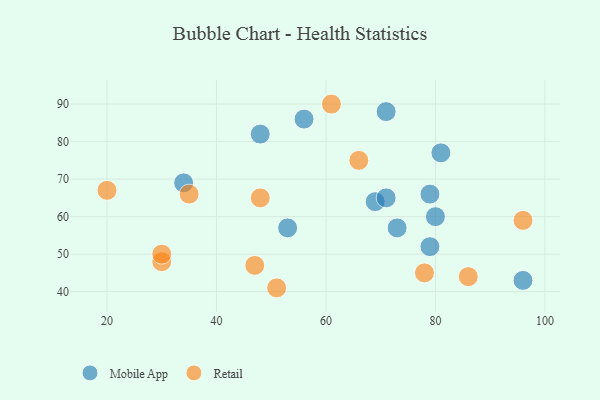
{"axis": {"x": "GDP", "y": "Life Expectancy"}, "legend": ["Mobile App", "Retail"], "data": [{"x": "96", "y": 43, "type": "Mobile App"}, {"x": "53", "y": 57, "type": "Mobile App"}, {"x": "79", "y": 66, "type": "Mobile App"}, {"x": "34", "y": 69, "type": "Mobile App"}, {"x": "56", "y": 86, "type": "Mobile App"}, {"x": "69", "y": 64, "type": "Mobile App"}, {"x": "81", "y": 77, "type": "Mobile App"}, {"x": "71", "y": 88, "type": "Mobile App"}, {"x": "80", "y": 60, "type": "Mobile App"}, {"x": "73", "y": 57, "type": "Mobile App"}, {"x": "48", "y": 82, "type": "Mobile App"}, {"x": "71", "y": 65, "type": "Mobile App"}, {"x": "79", "y": 52, "type": "Mobile App"}, {"x": "86", "y": 44, "type": "Retail"}, {"x": "66", "y": 75, "type": "Retail"}, {"x": "30", "y": 48, "type": "Retail"}, {"x": "35", "y": 66, "type": "Retail"}, {"x": "20", "y": 67, "type": "Retail"}, {"x": "96", "y": 59, "type": "Retail"}, {"x": "61", "y": 90, "type": "Retail"}, {"x": "48", "y": 65, "type": "Retail"}, {"x": "47", "y": 47, "type": "Retail"}, {"x": "30", "y": 50, "type": "Retail"}, {"x": "78", "y": 45, "type": "Retail"}, {"x": "51", "y": 41, "type": "Retail"}]}